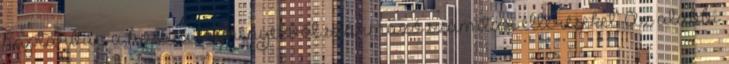
naptárban a hosszú eseményekből származó számítási eltéréseket. Az alábbi